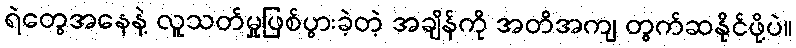
ရဲတွေအနေနဲ့ လူသတ်မှုဖြစ်ပွားခဲ့တဲ့ အချိန်ကို အတိအကျ တွက်ဆနိုင်ဖို့ပဲ။